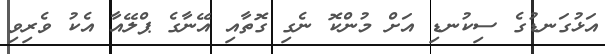
އަޅުގަނޑުގެ ސިކުނޑި އަށް މުންކޮ ނެގި ގޮތާއި އޭނާގެ ޕްލޭއާ އެކު ވެރިވި